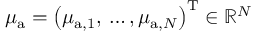
\mu _ { { \mathrm a } } = \left( \mu _ { \mathrm { { a } , 1 } } , \, \ldots , \mu _ { \mathrm { a } , N } \right) ^ { \mathrm { T } } \in \mathbb { R } ^ { N }